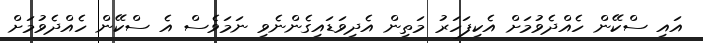
އައި ސްކޭން ހެއްދެވުމަށް އެކިފަހަރު މަތިން އެދިވަޑައިގެންނެވި ނަމަވެސް އެ ސްކޭން ހެއްދެވުމަށް